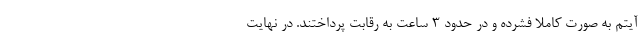
آیتم به صورت کاملا فشرده و در حدود 3 ساعت به رقابت پرداختند. در نهایت